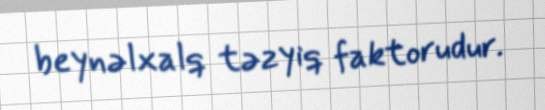
beynəlxalq təzyiq faktorudur.